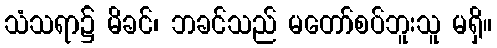
သံသရာ၌ မိခင်၊ ဘခင်သည် မတော်စပ်ဘူးသူ မရှိ။